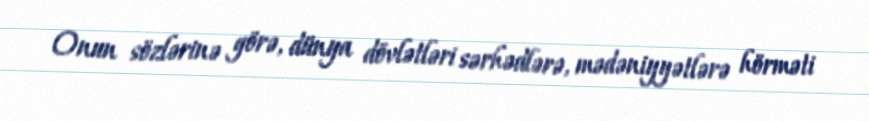
Onun sözlərinə görə, dünya dövlətləri sərhədlərə, mədəniyyətlərə hörməti